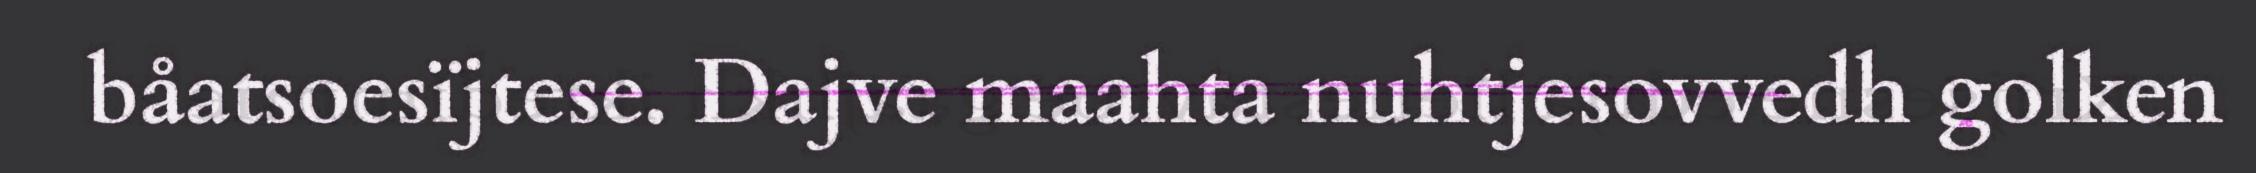
båatsoesïjtese. Dajve maahta nuhtjesovvedh golken